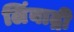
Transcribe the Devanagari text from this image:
लिंबाद्री